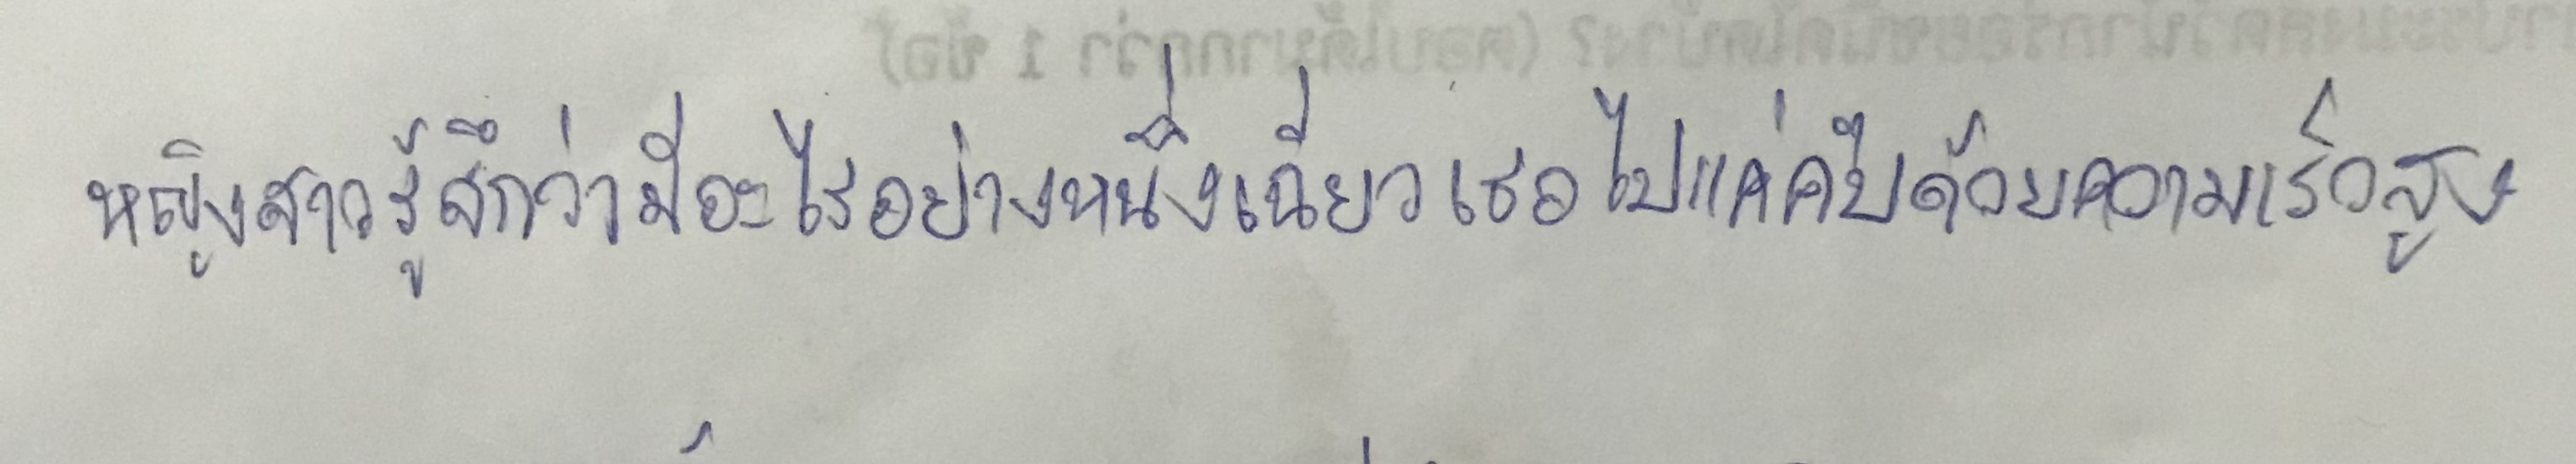
หญิงสาวรู้สึกว่ามีอะไรอย่างหนึ่งเฉี่ยวเธอไปแค่คืบด้วยความเร็วสูง